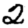
Digit: 2